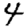
Digit: 4